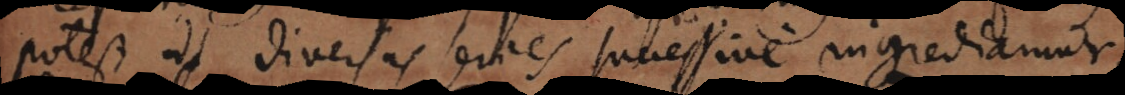
potest ut diversas series successive ingrediamur,